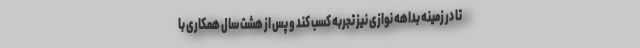
تا در زمینه بداهه نوازی نیز تجربه کسب کند و پس از هشت سال همکاری با